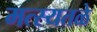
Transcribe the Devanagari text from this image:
मत्स्यतळे